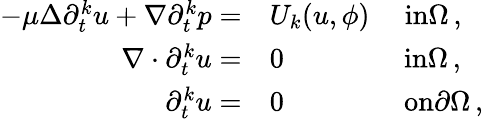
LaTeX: \begin{array}{rl}{-\mu\Delta\partial_{t}^{k}u+\nabla\partial_{t}^{k}p=}&{U_{k}(u,\phi)\quad\ \textrm{in}\Omega\, ,}\\ {\nabla\cdot\partial_{t}^{k}u=}&{0\qquad\qquad\ \textrm{in}\Omega\, ,}\\ {\partial_{t}^{k}u=}&{0\qquad\qquad\ \textrm{on}\partial\Omega\, ,}\end{array}